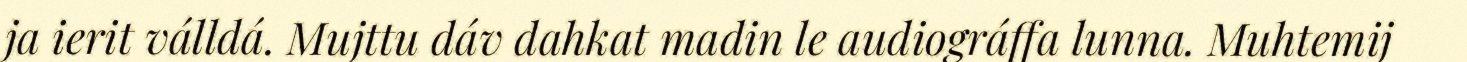
ja ierit válldá. Mujttu dáv dahkat madin le audiográffa lunna. Muhtemij